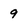
Character: 9